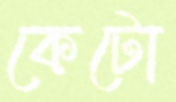
কেটো